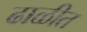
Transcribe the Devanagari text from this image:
ढाळीत